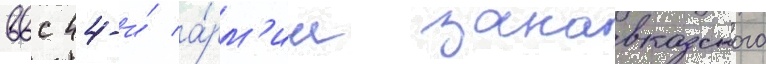
ввс 44-и́ а́рм'ии закавказского